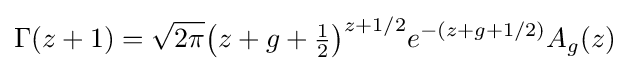
\Gamma (z+1)={\sqrt {2\pi }}{\left(z+g+{\tfrac {1}{2}}\right)}^{z+1/2}e^{-(z+g+1/2)}A_{g}(z)